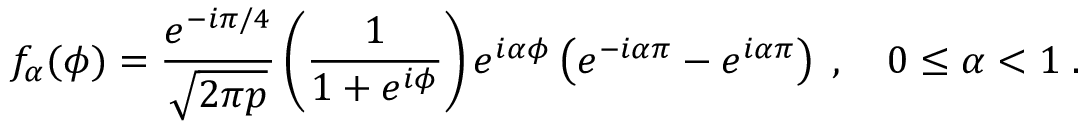
f _ { \alpha } ( \phi ) = { \frac { e ^ { - i \pi / 4 } } { \sqrt { 2 \pi p } } } \left( { \frac { 1 } { 1 + e ^ { i \phi } } } \right) e ^ { i \alpha \phi } \left( e ^ { - i \alpha \pi } - e ^ { i \alpha \pi } \right) \; , \quad 0 \le \alpha < 1 \; .